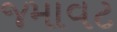
જમાવટ